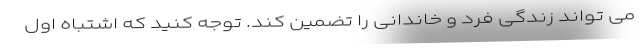
می تواند زندگی فرد و خاندانی را تضمین کند. توجه کنید که اشتباه اول